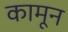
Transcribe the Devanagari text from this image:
कामून